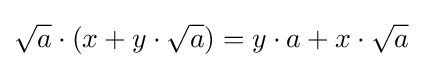
{\sqrt {a}}\cdot (x+y\cdot {\sqrt {a}})=y\cdot a+x\cdot {\sqrt {a}}